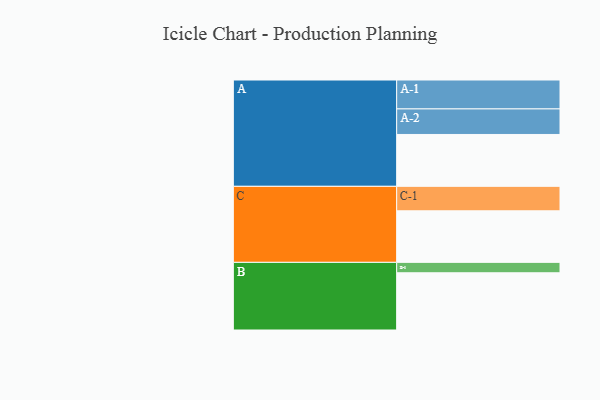
{"axis": {"x": "Segment", "y": "Value"}, "legend": ["", "A", "B", "C"], "data": [{"x": "A", "y": 339, "type": ""}, {"x": "B", "y": 374, "type": ""}, {"x": "C", "y": 337, "type": ""}, {"x": "A-1", "y": 189, "type": "A"}, {"x": "A-2", "y": 167, "type": "A"}, {"x": "B-1", "y": 68, "type": "B"}, {"x": "C-1", "y": 160, "type": "C"}]}